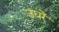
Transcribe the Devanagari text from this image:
उघरें